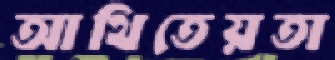
আথিতেয়তা